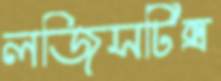
লজিসটিক্স